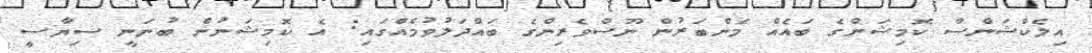
އިލެކްޝަންސް ކޮމިޝަންގެ ބައެއް މެންބަރުން ނޫސްވެރިންގެ ބައްދަލުވުމެއްގައި: އެ ކޮމިޝަނުން ބުނަނީ ސިޔާސީ